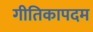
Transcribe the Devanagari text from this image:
गीतिकापदम